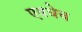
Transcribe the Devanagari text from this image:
एवधेच